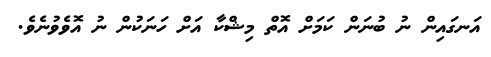
އަނގައިން ނު ބުނަން ކަމަށް އޮތް މިޝްކާ އަށް ހަނަކުން ނު އޮވެވުނެވެ.